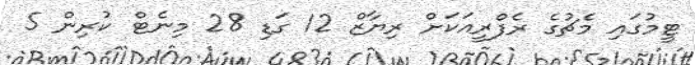
ޓީމުގައި މެޗުގެ ރެފްރީއަކަށް ރިޔާޒް 12 ގަޑި 28 މިނެޓް ކުރިން 5